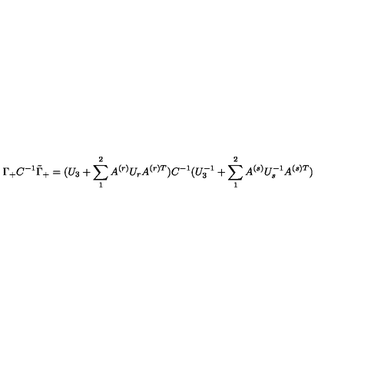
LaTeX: \Gamma _ { + } C ^ { - 1 } \tilde { \Gamma } _ { + } = ( U _ { 3 } + \sum _ { 1 } ^ { 2 } A ^ { ( r ) } U _ { r } A ^ { ( r ) T } ) C ^ { - 1 } ( U _ { 3 } ^ { - 1 } + \sum _ { 1 } ^ { 2 } A ^ { ( s ) } U _ { s } ^ { - 1 } A ^ { ( s ) T } )